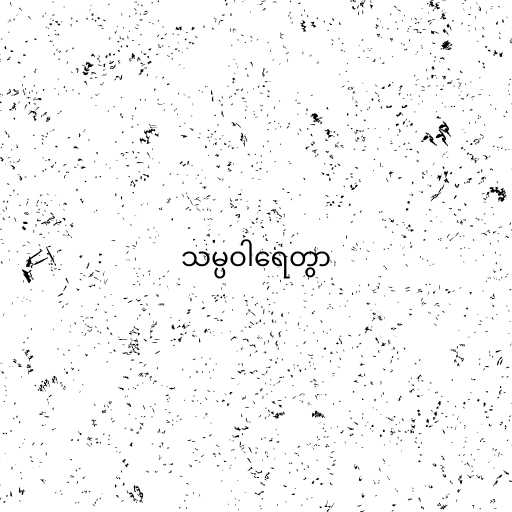
သမ္ပဝါရေတွာ